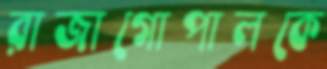
রাজাগোপালকে